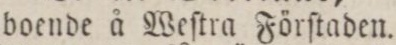
boende å Weſtra Förſtaden.